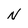
Character: N